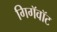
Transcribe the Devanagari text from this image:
गिगॅवॉट